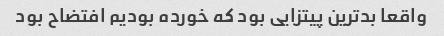
واقعا بدترین پیتزایی بود که خورده بودیم افتضاح بود